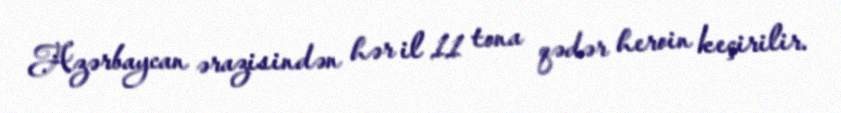
Azərbaycan ərazisindən hər il 11 tona qədər heroin keçirilir.